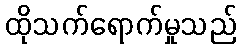
ထိုသက်ရောက်မှုသည်